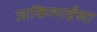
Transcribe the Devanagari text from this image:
ज़ाकिरभाईंच्या